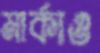
মার্কাও